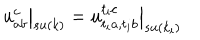
\left. u _ { a b } ^ { c } \right| _ { s u ( k ) } = \left. u _ { t _ { i } a , t _ { i } b } ^ { t _ { i } c } \right| _ { s u ( k _ { i } ) }